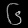
Digit: ၆